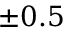
\pm 0 . 5